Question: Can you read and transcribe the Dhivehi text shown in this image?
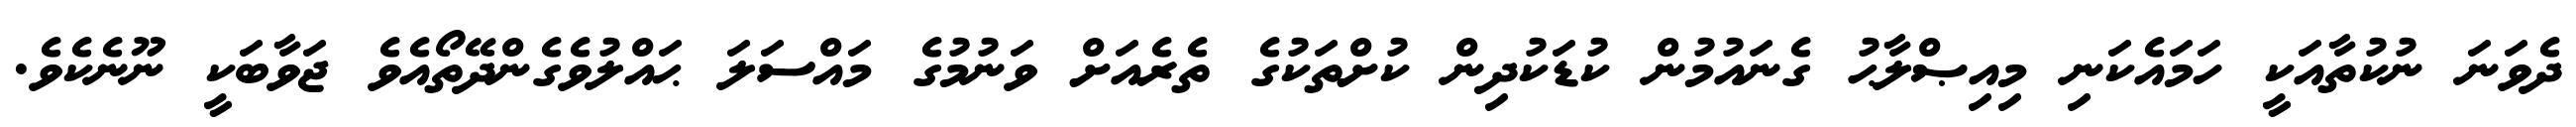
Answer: ދެވަނަ ނުކުތާއަކީ ހަމައެކަނި މިއިޞްލާޙު ގެނައުމުން ކުޑަކުދިން ކުށްތަކުގެ ތެރެއަށް ވަނުމުގެ މައްސަލަ ޙައްލުވެގެންދޭތޯއެވެ ޖަވާބަކީ ނޫނެކެވެ.